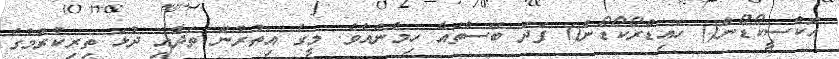
އޮކްސީކޯޑޯން() ހައިޑްރޯކޯޑޯން() ފަދަ ބޭސްތައް ހިމެނެއެވެ. މީގެ އިތުރުން ތަދާއި ދުޅަ ތިރިކުރުމުގެ